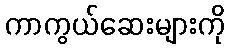
ကာကွယ်ဆေးများကို